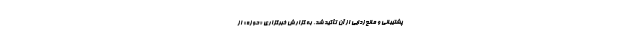
پشتیبانی و مانع‌زدایی از آن تأکید شد. به گزارش خبرگزاری «حوزه» از